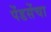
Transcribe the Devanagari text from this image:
पेंडसेंचा